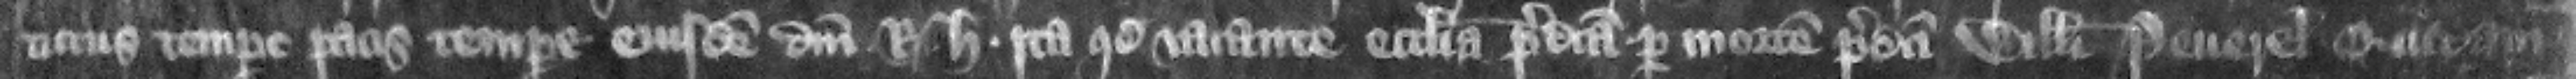
tutus tempore pacis tempore eiusdem domini regis Henrici. Ita quod vacante ecclesia predicta per mortem predicti Willelmi Peuerel quidam